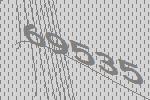
69535